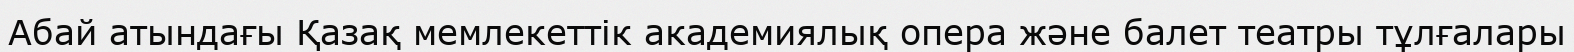
Абай атындағы Қазақ мемлекеттік академиялық опера және балет театры тұлғалары